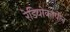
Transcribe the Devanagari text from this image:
रेडियोकार्पेल